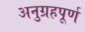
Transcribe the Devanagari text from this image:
अनुग्रहपूर्ण